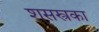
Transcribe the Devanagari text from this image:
शसस्त्रका